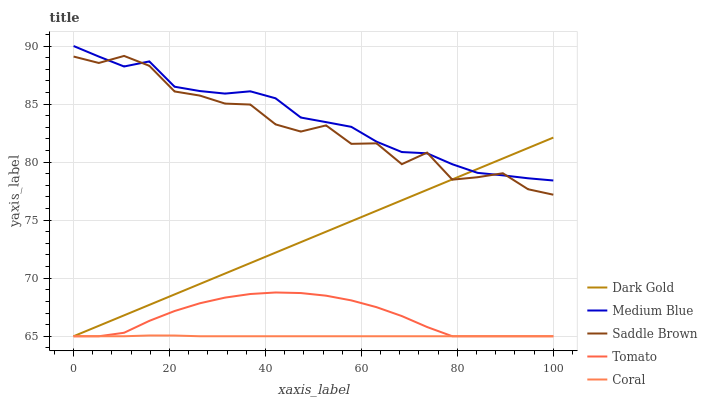
| xaxis_label | Dark Gold | Medium Blue | Saddle Brown | Tomato | Coral |
 | --- | --- | --- | --- | --- | --- |
 | 0 | 65 | 90 | 89.1 | 65 | 65 |
 | 5.26 | 65.9 | 89.1 | 88.5 | 65 | 65 |
 | 10.5 | 66.8 | 88.2 | 89.1 | 65.3 | 65 |
 | 15.8 | 67.7 | 88.7 | 88.3 | 66.3 | 65.1 |
 | 21.1 | 68.6 | 86.5 | 86.1 | 67.2 | 65.1 |
 | 26.3 | 69.5 | 86.1 | 85.7 | 67.8 | 65 |
 | 31.6 | 70.4 | 85.9 | 85 | 68.3 | 65 |
 | 36.8 | 71.3 | 86.1 | 85 | 68.6 | 65 |
 | 42.1 | 72.2 | 85.5 | 83.2 | 68.8 | 65 |
 | 47.4 | 73.1 | 83.8 | 82.6 | 68.7 | 65 |
 | 52.6 | 74 | 83.4 | 83.2 | 68.5 | 65 |
 | 57.9 | 74.9 | 83 | 81.6 | 68.1 | 65 |
 | 63.2 | 75.8 | 81.8 | 81.6 | 67.5 | 65 |
 | 68.4 | 76.7 | 80.9 | 79.8 | 66.7 | 65 |
 | 73.7 | 77.6 | 80.8 | 80.8 | 65.8 | 65 |
 | 78.9 | 78.5 | 79.8 | 78.5 | 65 | 65 |
 | 84.2 | 79.4 | 79.1 | 78.7 | 65 | 65 |
 | 89.5 | 80.3 | 78.9 | 79 | 65 | 65 |
 | 94.7 | 81.2 | 78.6 | 77.7 | 65 | 65 |
 | 100 | 82.1 | 78.4 | 77.2 | 65 | 65 |